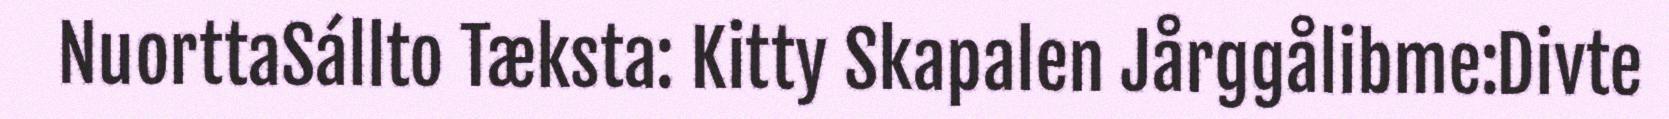
NuorttaSállto Tæksta: Kitty Skapalen Jårggålibme:Divte